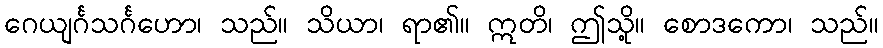
ဂေယျင်္ဂသင်္ဂဟော၊ သည်။ သိယာ၊ ရာ၏။ ဣတိ၊ ဤသို့။ စောဒကော၊ သည်။